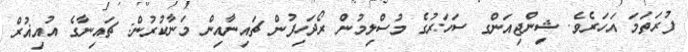
ފުރަތަމަ އަހަރެވެ. ޝިންޖިއަންގ ސަހަރުގެ މުސްލިމުން ރޯދަހިފުން ޗައިނާއިން މަނާކުރުން: ޗައިނާގެ އުއިޣުރް